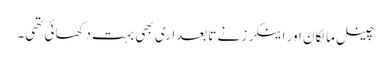
چینل مالکان اور اینکرز نے تابعداری بھی بہت دکھائی تھی۔